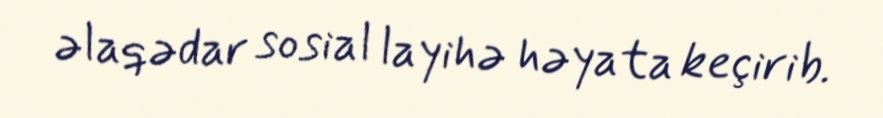
əlaqədar sosial layihə həyata keçirib.